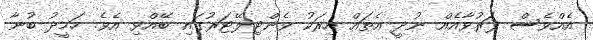
އެއްވެސް ފަރުވާއެއް ނުދީ އެތައް އިރަކު ވެންޓިލޭޓަރުގައި ބޭއްވި އެވެ. ހަމީދު ބުނާ